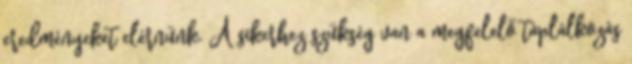
eredményeket elérnünk. A sikerhez szükség van a megfelelő táplálkozás